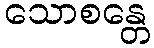
သောစန္တေ